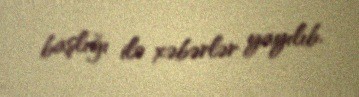
başlığı ilə xəbərlər yayılıb.